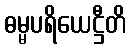
ဓမ္မပရိယေဋ္ဌီတိ